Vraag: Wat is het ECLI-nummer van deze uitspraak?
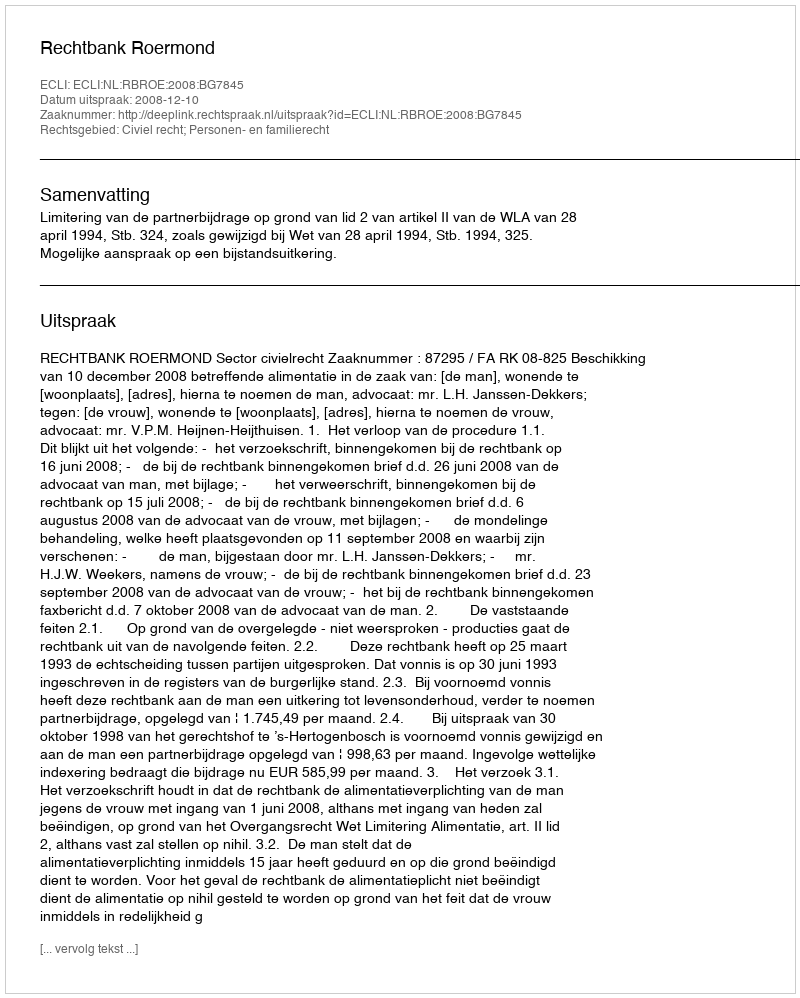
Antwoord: ECLI:NL:RBROE:2008:BG7845